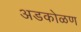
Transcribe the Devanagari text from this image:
अडकोळण